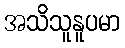
အသိသူနူပမာ